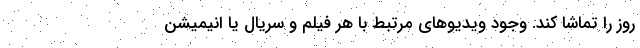
روز را تماشا کند. وجود ویدیوهای مرتبط با هر فیلم و سریال یا انیمیشن